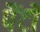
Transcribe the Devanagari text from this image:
पैंटों